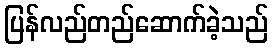
ပြန်လည်တည်ဆောက်ခဲ့သည်